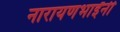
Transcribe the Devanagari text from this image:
नारायणभाईंनी